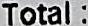
TOTAL: